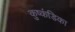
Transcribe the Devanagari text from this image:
कुष्कंडिका